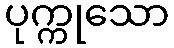
ပုက္ကုသော